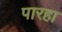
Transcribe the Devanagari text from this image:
पारहा